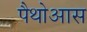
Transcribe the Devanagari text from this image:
पैथोआस